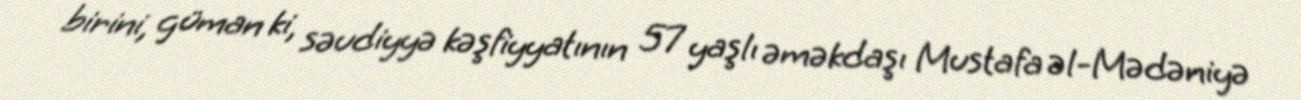
birini, güman ki, səudiyyə kəşfiyyatının 57 yaşlı əməkdaşı Mustafa əl-Mədəniyə